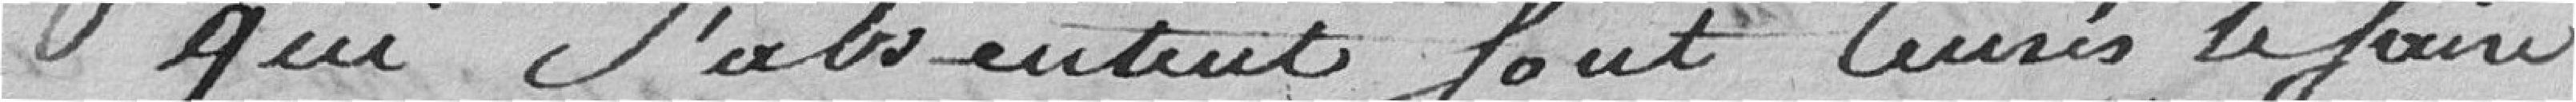
qui s'absentent sont censés le faire